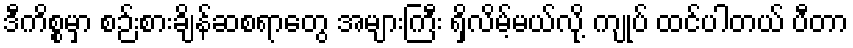
ဒီကိစ္စမှာ စဉ်းစားချိန်ဆစရာတွေ အများကြီး ရှိလိမ့်မယ်လို့ ကျုပ် ထင်ပါတယ် ပီတာ